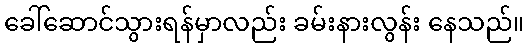
ခေါ်ဆောင်သွားရန်မှာလည်း ခမ်းနားလွန်း နေသည်။